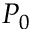
P _ { 0 }